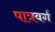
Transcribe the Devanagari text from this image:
पात्रवर्ग